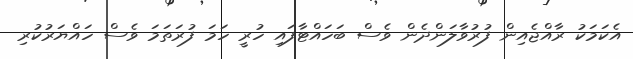
އެކަމަކު ރާއްޖެއިން ފުރުވާލަންދެން ވެސް ބަހައްޓާފައި ހުރީ ހަމަ ފުރަތަމަ ވެސް ހައްޔަރުކުރި